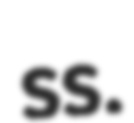
ss.